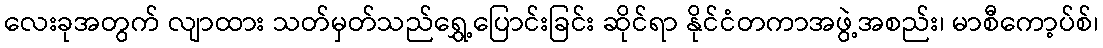
လေးခုအတွက် လျာထား သတ်မှတ်သည်ရွှေ့ပြောင်းခြင်း ဆိုင်ရာ နိုင်ငံတကာအဖွဲ့အစည်း၊ မာစီကော့ပ်စ်၊